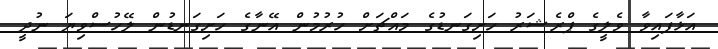
އަޅާފައިވާ ވެލީގެ ޕްރެޝަރު ހަށިގަނޑުގެ މައްޗަށް ހުރުމުން އޭނާގެ ހަށިގަނޑުން ލޭހުސްވިޔަ ނުދީ